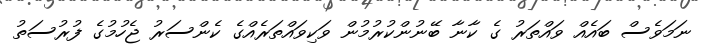
ނަމަވެސް ބައެއް ވައްތަރު ގެ ކާނާ ބޭނުންކުރުމުން ވަކިވައްތަރެއްގެ ކެންސަރު ޖެހުމުގެ ފުރުސަތު